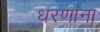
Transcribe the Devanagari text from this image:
धरणांना